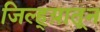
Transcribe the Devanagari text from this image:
जिल्ह्य़ातून